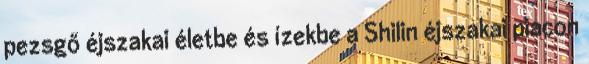
pezsgő éjszakai életbe és ízekbe a Shilin éjszakai piacon